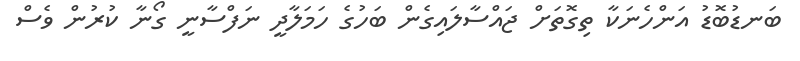
ބަނޑުބޮޑު އަންހެނަކާ ތިގޮތަށް ޖައްސާލައިގެން ބަހުގެ ހަމަލާދީ ނަފްސާނީ ގޯނާ ކުރުން ވެސް